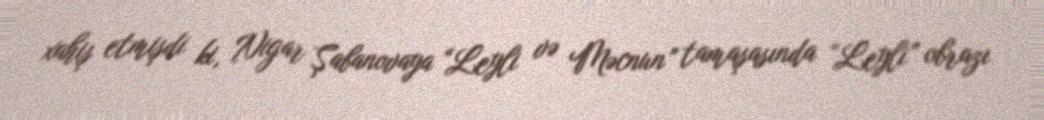
xahiş etmişdi ki, Nigar Şabanovaya “Leyli və Məcnun” tamaşasında “Leyli” obrazı